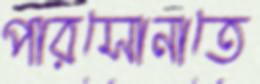
পারসোনাতে